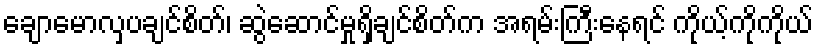
ချောမောလှပချင်စိတ်၊ ဆွဲဆောင်မှုရှိချင်စိတ်က အရမ်းကြီးနေရင် ကိုယ့်ကိုကိုယ်